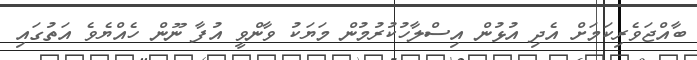
ބާއްޖަވެރިކަމަށް އެދި އުޅުން އިސްލާހުކުރުމުން މަޔަކު ވާންވީ އުފާ ނޫން ހެއްޔެވެ އަތުގައި